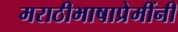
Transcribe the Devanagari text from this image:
मराठीभाषाप्रेमींनी